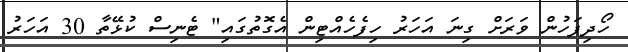
ހޯދިފަހުން ވަރަށް ގިނަ އަހަރު ހިފެހެއްޓިން އެގޮތުގައި" ޓެނިސް ކުޅޭތާ 30 އަހަރު